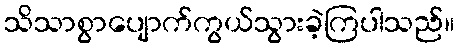
သိသာစွာပျောက်ကွယ်သွားခဲ့ကြပါသည်။